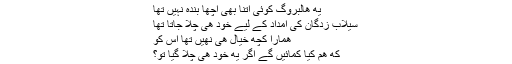
یه هالبروگ کوئی اتنا بھی اچھا بنده نہیں تھا
سیلاب زدگان کی امداد کے لیے خود هی چلا جاتا تھا
همارا کچھ خیال هی نهیں تھا اس کو
که هم کیا کمائیں گے اگر یه خود هی چلا گیا تو؟